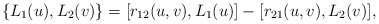
\begin{align*}\{L_{1}(u), L_{2}(v)\}=[r_{12}(u,v),L_{1}(u)]-[r_{21}(u,v), L_{2}(v)], \end{align*}